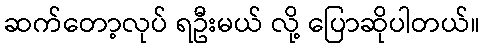
ဆက်တော့လုပ် ရဦးမယ် လို့ ပြောဆိုပါတယ်။